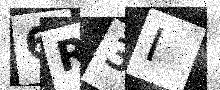
Text: 6R3I